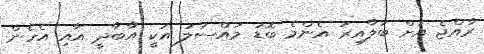
ރާއްޖެ އަށް ބަލާއިރު އެންމެ ބޮޑު މައްސަލަ އަކީ އާބާދީ އާއި އެހެން